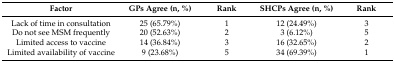
<table><thead><tr><td><b>Factor</b></td><td><b>GPs Agree (n, %)</b></td><td><b>Rank</b></td><td><b>SHCPs Agree (n, %)</b></td><td><b>Rank</b></td></tr></thead><tbody><tr><td>Lack of time in consultation</td><td>25 (65.79%)</td><td>1</td><td>12 (24.49%)</td><td>3</td></tr><tr><td>Do not see MSM frequently</td><td>20 (52.63%)</td><td>2</td><td>3 (6.12%)</td><td>5</td></tr><tr><td>Limited access to vaccine</td><td>14 (36.84%)</td><td>3</td><td>16 (32.65%)</td><td>2</td></tr><tr><td>Limited availability of vaccine</td><td>9 (23.68%)</td><td>5</td><td>34 (69.39%)</td><td>1</td></tr></tbody></table>